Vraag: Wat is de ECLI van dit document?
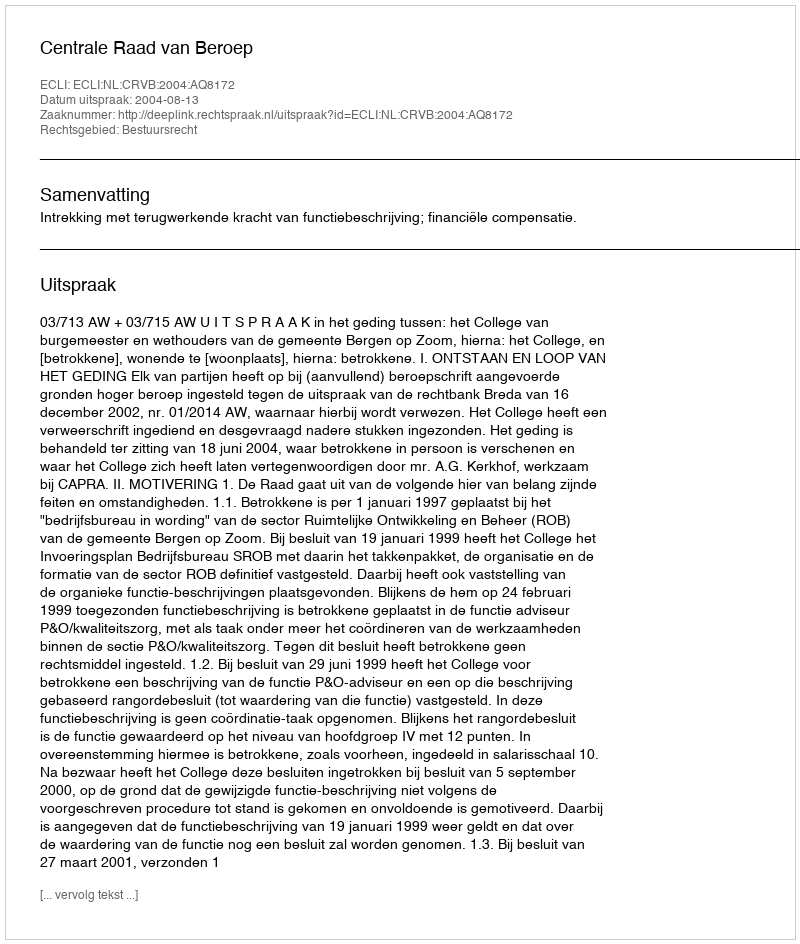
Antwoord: ECLI:NL:CRVB:2004:AQ8172